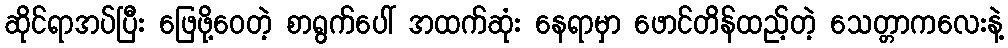
ဆိုင်ရာအပ်ပြီး ဖြေဖို့ဝေတဲ့ စာရွက်ပေါ် အထက်ဆုံး နေရာမှာ ဖောင်တိန်ထည့်တဲ့ သေတ္တာကလေးနဲ့